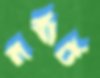
নর্বার্ট